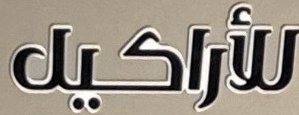
للأراكيل